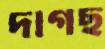
দাগছ